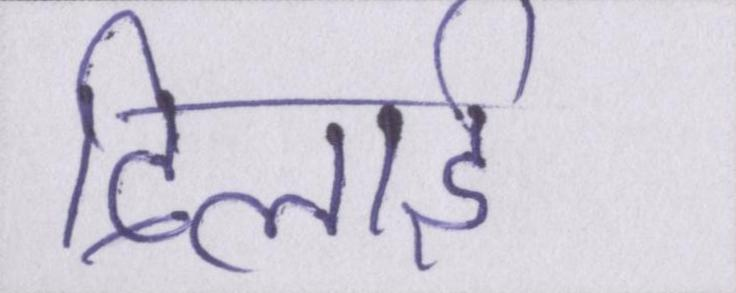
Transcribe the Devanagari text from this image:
दिलाई